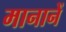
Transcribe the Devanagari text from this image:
मानानें